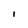
Character: i